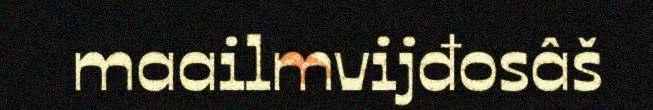
maailmvijđosâš